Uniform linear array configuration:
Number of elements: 12
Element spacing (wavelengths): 0.25
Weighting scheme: hamming
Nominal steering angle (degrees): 60
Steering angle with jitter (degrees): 60.849
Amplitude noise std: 0.05
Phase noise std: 0.05

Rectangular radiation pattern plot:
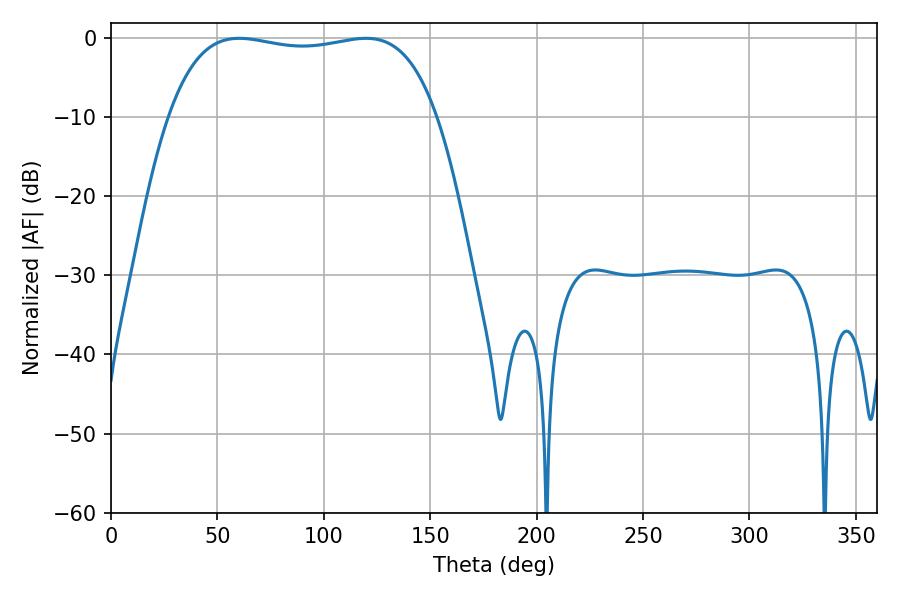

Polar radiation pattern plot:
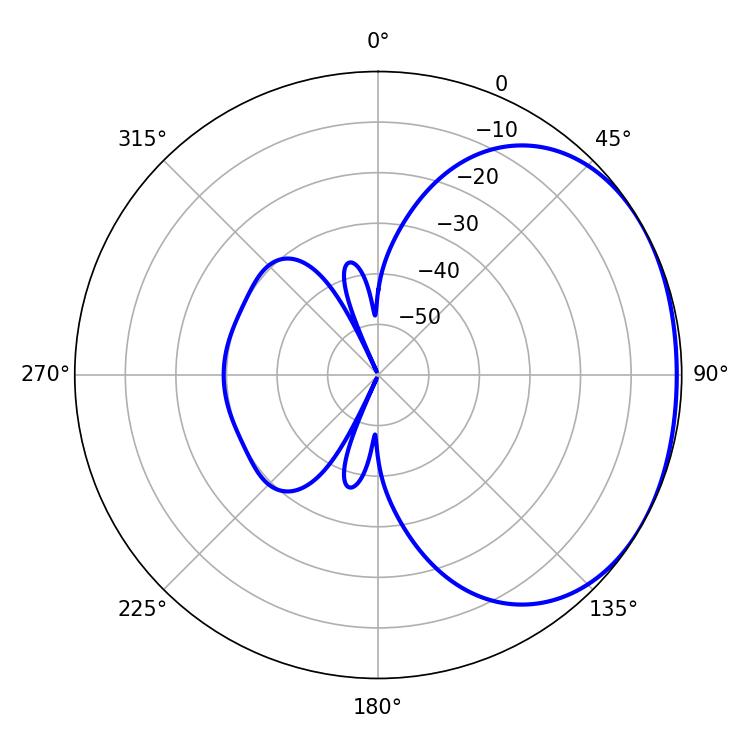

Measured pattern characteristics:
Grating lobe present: FALSE
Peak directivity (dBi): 1.491
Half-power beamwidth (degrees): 100.8
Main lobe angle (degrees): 60.12